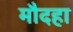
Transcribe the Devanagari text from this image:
मौदहा